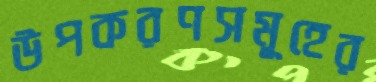
উপকরণসমূহের